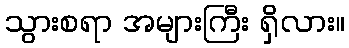
သွားစရာ အများကြီး ရှိလား။